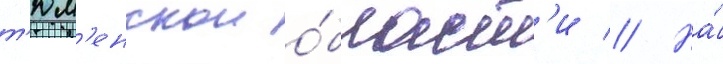
т'юм'енскои о́бласт'и // На́